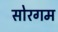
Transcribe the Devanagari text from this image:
सोरगम